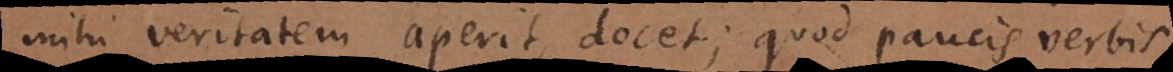
mihi veritatem aperit, docet; quod paucis verbis